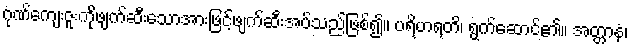
ဂုဏ်ကျေးဇူးကိုဖျက်ဆီးသောအားဖြင့်ဖျက်ဆီးအပ်သည်ဖြစ်၍။ ပရိဟရတိ၊ ရွက်ဆောင်၏။ အတ္တာနံ၊